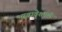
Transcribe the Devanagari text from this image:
भावावेशमयी